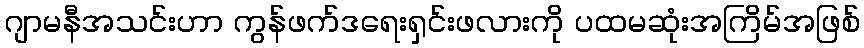
ဂျာမနီအသင်းဟာ ကွန်ဖက်ဒရေးရှင်းဖလားကို ပထမဆုံးအကြိမ်အဖြစ်